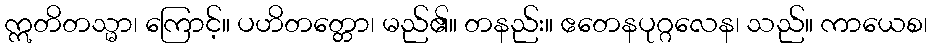
ဣတိတသ္မာ၊ ကြောင့်။ ပဟိတတ္တော၊ မည်၏။ တနည်း။ ဧတေနပုဂ္ဂလေန၊ သည်။ ကာယေစ၊